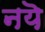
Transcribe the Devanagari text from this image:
नयॆ